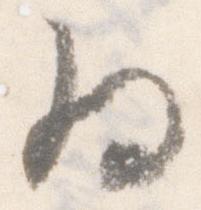
為